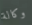
وكالة